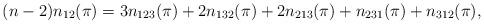
LaTeX: \begin{align*} (n-2) n_{12}(\pi)=3n_{123}(\pi)+ 2n_{132}(\pi)+ 2n_{213}(\pi)+n_{231}(\pi)+n_{312}(\pi),\end{align*}